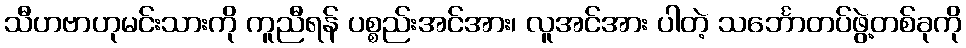
သီဟဗာဟုမင်းသားကို ကူညီရန် ပစ္စည်းအင်အား၊ လူအင်အား ပါတဲ့ သင်္ဘောတပ်ဖွဲ့တစ်ခုကို